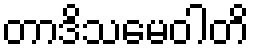
တာဒိသမေဝါတိ